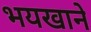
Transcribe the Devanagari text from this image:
भयखाने